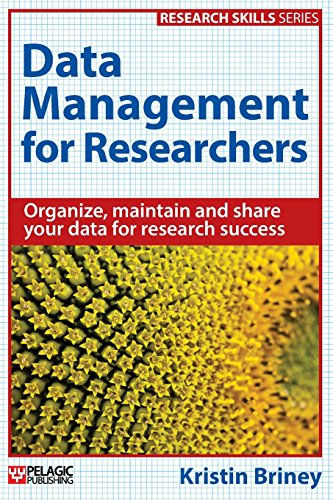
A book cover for Data Management for Researchers: Organize, maintain and share your data for research success (Research Skills); Kristin Briney; Computers & Technology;